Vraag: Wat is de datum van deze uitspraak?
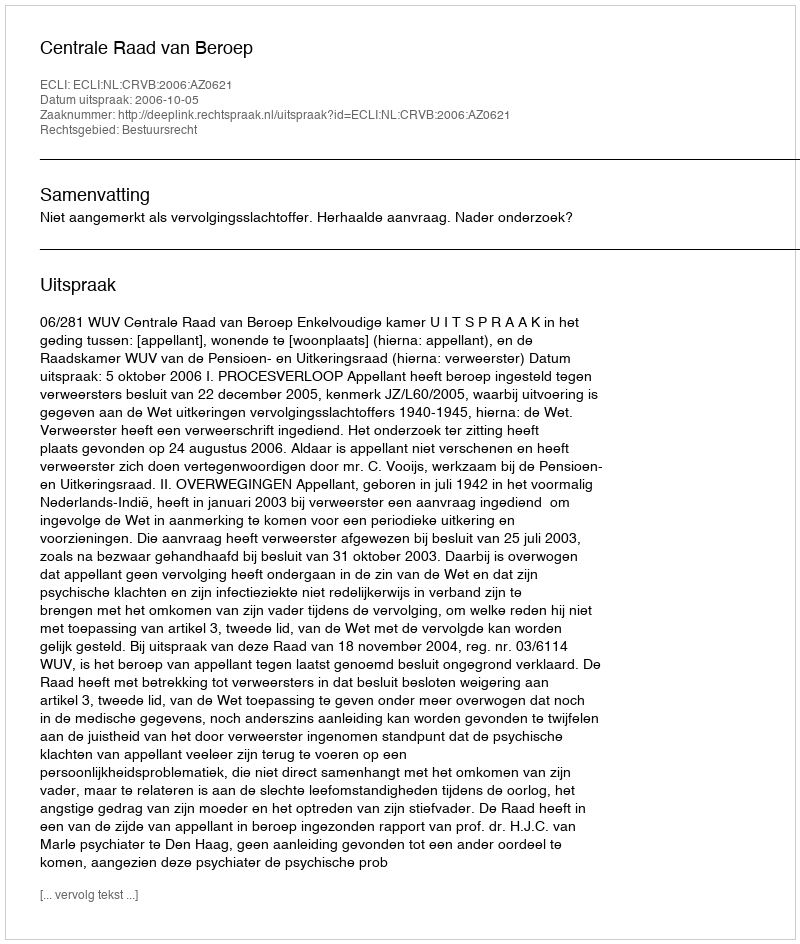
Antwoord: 2006-10-05